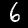
Label: 6